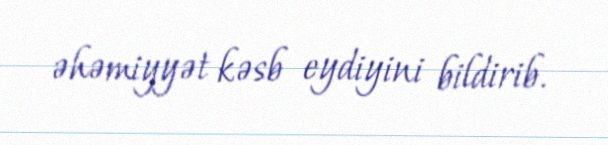
əhəmiyyət kəsb eydiyini bildirib.